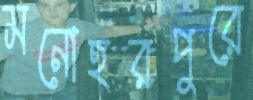
মনোহরপুরে